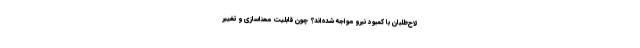
لاح‌طلبان با کمبود نیرو مواجه شده‌اند؟ چون قابلیت معناسازی و تغییر